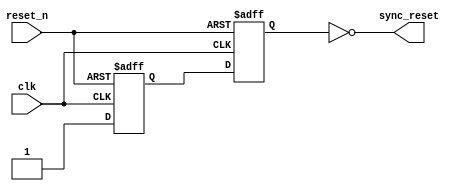
module async_reset_synchronizer (
    input wire reset_n,     // Active low asynchronous reset
    input wire clk,         // Clock signal
    output reg sync_reset   // Synchronized active low reset
);

    // Internal signals for synchronization
    reg reset_sync1;  // First stage of synchronization
    reg reset_sync2;  // Second stage of synchronization

    // Asynchronous reset logic to synchronize the reset_n signal
    always @(posedge clk or negedge reset_n) begin
        if (!reset_n) begin
            // If reset_n is low, reset both sync registers
            reset_sync1 <= 1'b0;
            reset_sync2 <= 1'b0;
        end else begin
            // On clock edge, pass the reset state through the flip-flops
            reset_sync1 <= 1'b1; // Reset sync1 to high when reset_n is deasserted
            reset_sync2 <= reset_sync1; // Pass the state to the next flip-flop
        end
    end

    // Output the synchronized reset signal
    always @(*) begin
        sync_reset = ~reset_sync2; // Invert for active low output
    end

endmodule